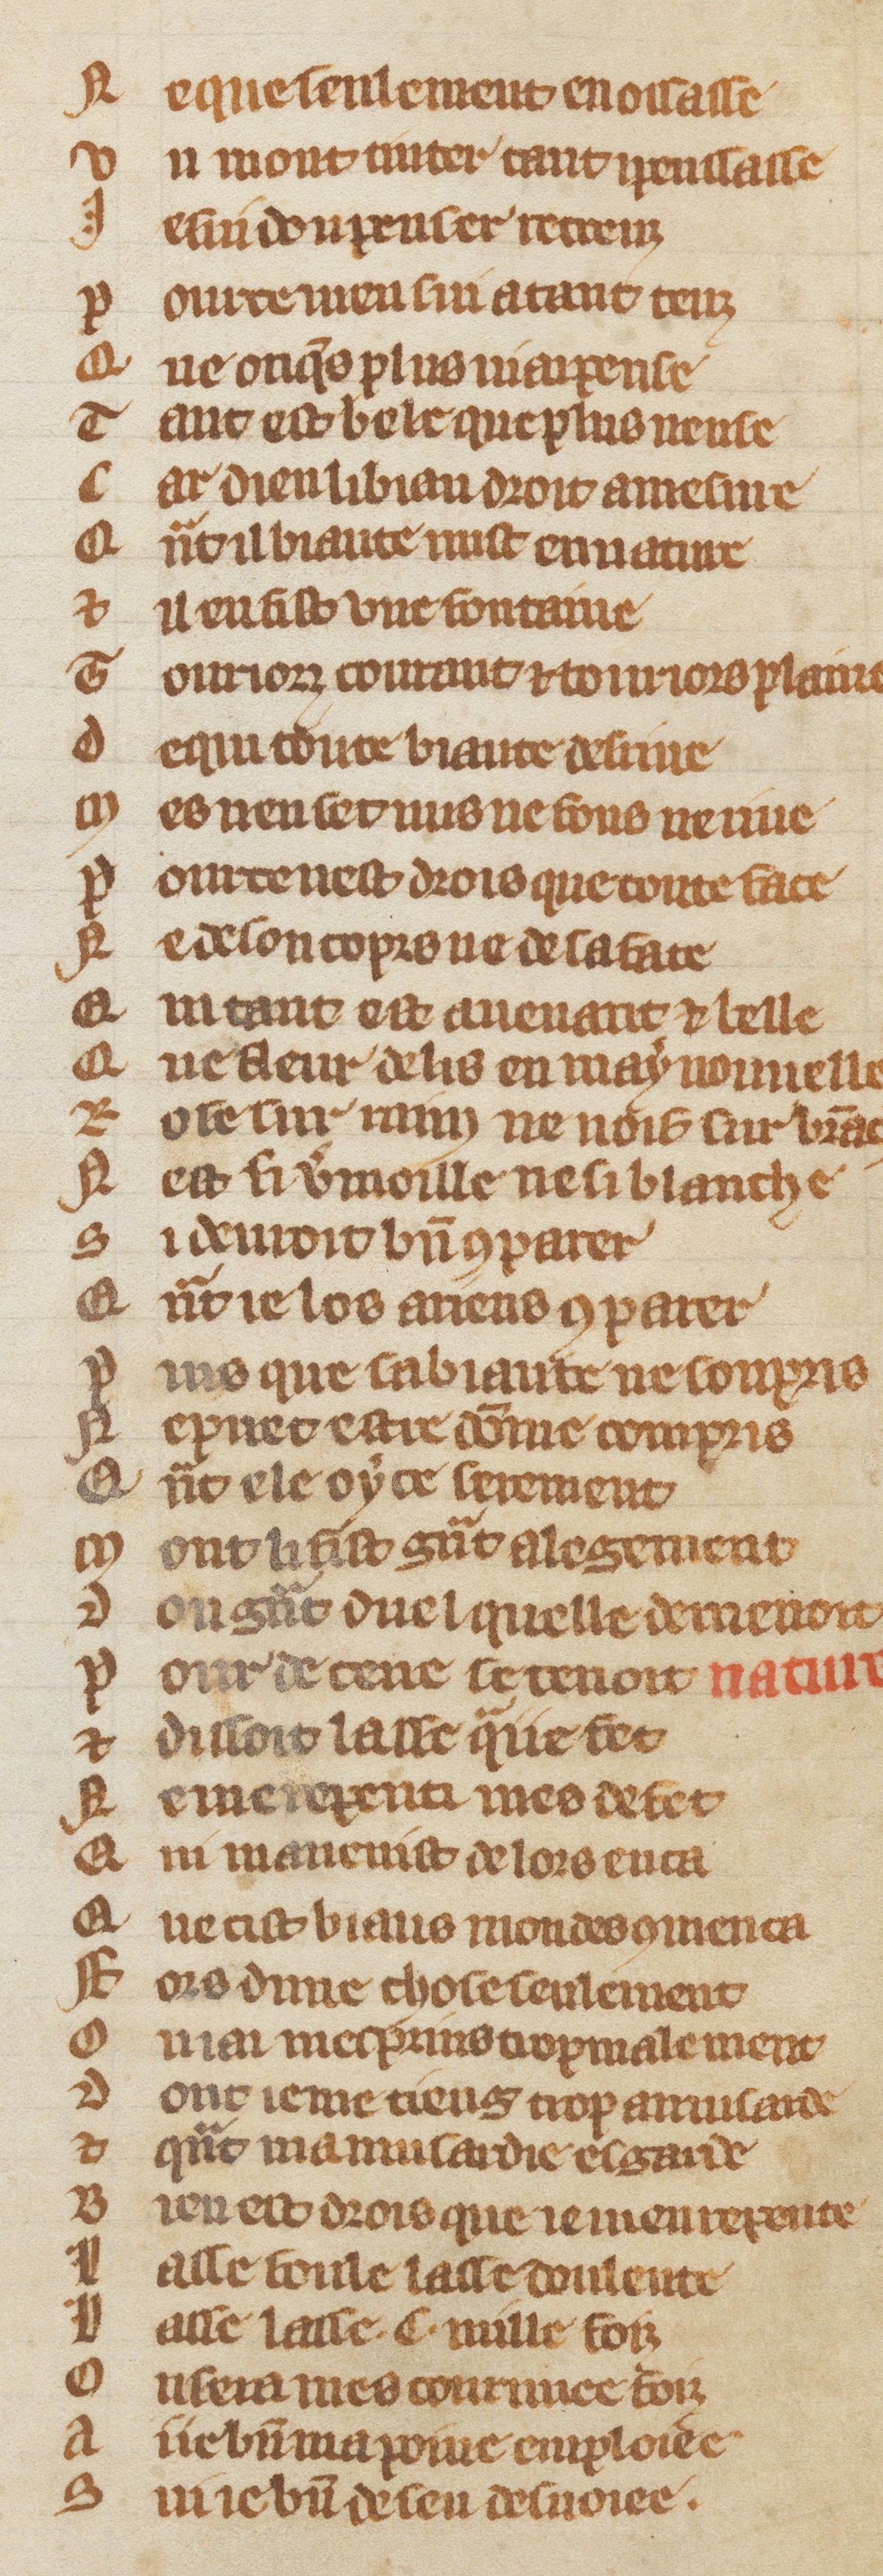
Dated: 1300–1349